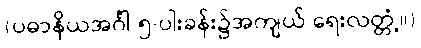
(ပဓာနိယအင်္ဂါ ၅-ပါးခန်း၌အကျယ် ရေးလတ္တံ့။)